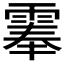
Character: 𩃳